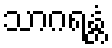
သာဂရန္တံ